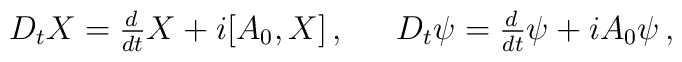
\begin{array}{cc}D_{t}X=\frac{d\,}{dt}X+i[A_{0},X]\,,~&~D_{t}\psi=\frac{d\,}{dt}\psi+iA_{0}\psi\,,\end{array}